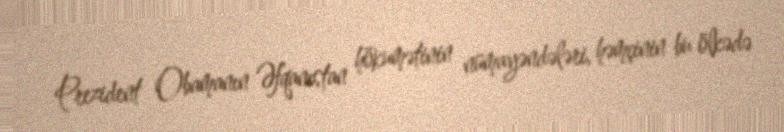
Prezident Obamanın Əfqanıstan hökumətinin nümayəndələri, həmçinin bu ölkədə